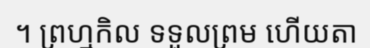
។ ព្រហ្មកិល ទទួលព្រម ហើយតា